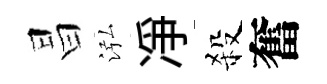
昌泓凈殺奮